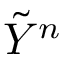
{ \tilde { Y } } ^ { n }